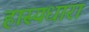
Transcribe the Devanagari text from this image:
हास्यधारा